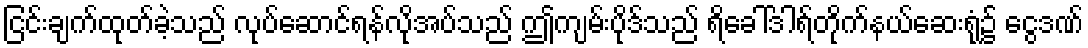
ငြင်းချက်ထုတ်ခဲ့သည် လုပ်ဆောင်ရန်လိုအပ်သည် ဤကျမ်းပိုဒ်သည် ရိခေါ်ဒါရ်တိုက်နယ်ဆေးရုံ၌ ငွေဒဏ်